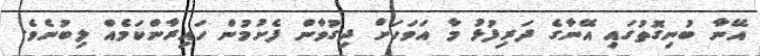
އޭނާ ބުނިގޮތުގައި އޭނާގެ ދަރިފުޅު މާ އަވަހަށް ދިގުވާން ފެށުމުން ހައިރާންކަމެއް ލިބުނެވެ.